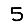
Digit: 5